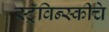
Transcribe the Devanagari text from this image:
स्ट्रॅविन्स्कीचे